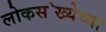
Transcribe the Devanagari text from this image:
लोकस॓ख्येच्या